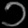
Digit: ၁